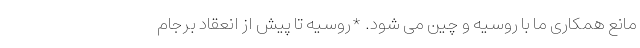
مانع همکاری ما با روسیه و چین می شود. *روسیه تا پیش از انعقاد برجام